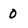
Character: 0